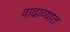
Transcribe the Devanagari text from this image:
वाढाव्यात